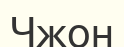
Чжон